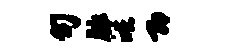
句脉皓即